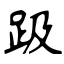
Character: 趿